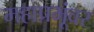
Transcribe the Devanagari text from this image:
महाप्रभूंवर